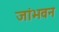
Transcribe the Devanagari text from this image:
जांभवन